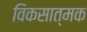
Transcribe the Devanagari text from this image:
विकसात्मक